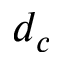
d _ { c }